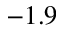
- 1 . 9